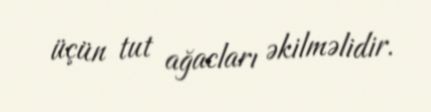
üçün tut ağacları əkilməlidir.